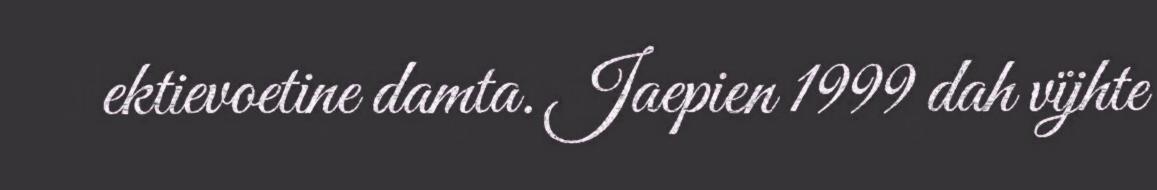
ektievoetine damta. Jaepien 1999 dah vïjhte